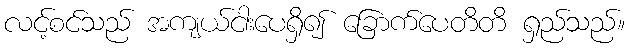
လင့်စင်သည် အကျယ်ငါးပေရှိ၍ ခြောက်ပေတိတိ ရှည်သည်။